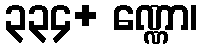
၃၃၄+ ဏ္ဏော၊